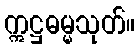
ဣဋ္ဌဓမ္မသုတ်။